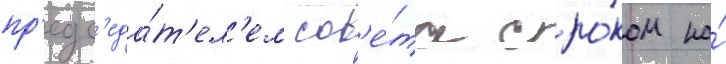
пр'едс'еда́т'ел'ем сов'е́та сро́ком на́